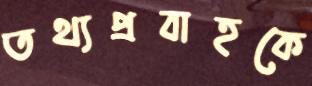
তথ্যপ্রবাহকে